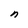
Character: n